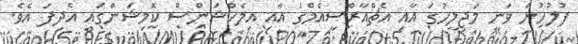
ފުލުހުން ވަނީ މަޖިލީހުގަ އާއި އެޗްއާރްސީއެމްގަ އާއި އިލެކްޝަންސް ކޮމިޝަންގައި އެދިފަ އެވެ.